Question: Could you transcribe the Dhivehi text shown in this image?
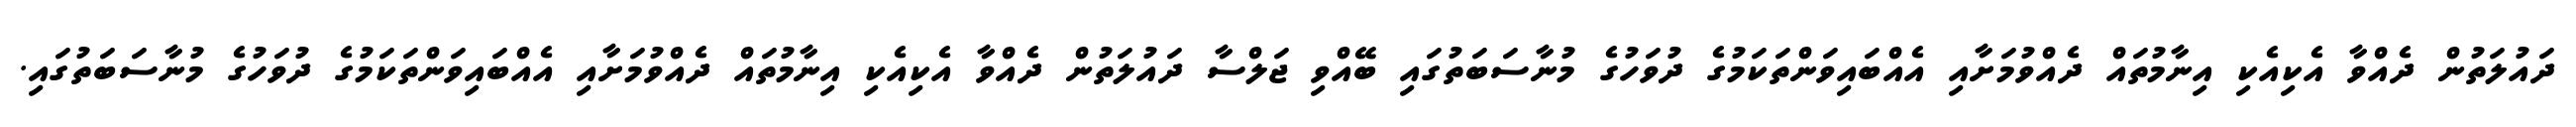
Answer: ދައުލަތުން ދެއްވާ އެކިއެކި އިނާމުތައް ދެއްވުމަށާއި އެއްބައިވަންތަކަމުގެ ދުވަހުގެ މުނާސަބަތުގައި ބޭއްވި ޖަލްސާ ދައުލަތުން ދެއްވާ އެކިއެކި އިނާމުތައް ދެއްވުމަށާއި އެއްބައިވަންތަކަމުގެ ދުވަހުގެ މުނާސަބަތުގައި.